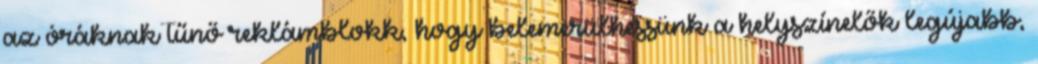
az óráknak tűnő reklámblokk, hogy belemerülhessünk a helyszínelők legújabb,